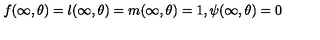
f ( \infty , \theta ) = l ( \infty , \theta ) = m ( \infty , \theta ) = 1 , \psi ( \infty , \theta ) = 0